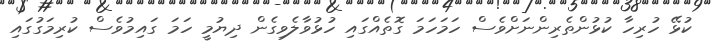
ކުޅޭ ހުރިހާ ކުޅުންތެރިންނަށްވެސް ހަމަހަމަ ގޮތެއްގައި ހުޅުވާލެވިގެން ދިޔުމީ ހަމަ ގައިމުވެސް ކުރިމަގުގައި